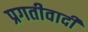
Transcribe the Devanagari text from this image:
प्रगतीवादी